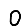
Digit: 0